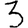
Digit: 3